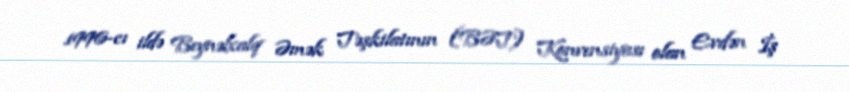
1996-cı ildə Beynəlxalq Əmək Təşkilatının (BƏT) Konvensiyası olan Evdən İş